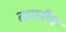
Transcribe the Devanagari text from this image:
तारानीच